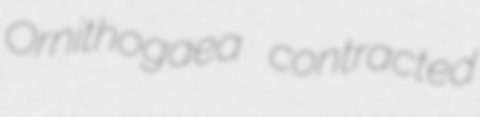
Ornithogaea contracted